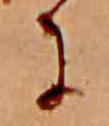
に